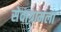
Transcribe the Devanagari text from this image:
सेवाग्रामला